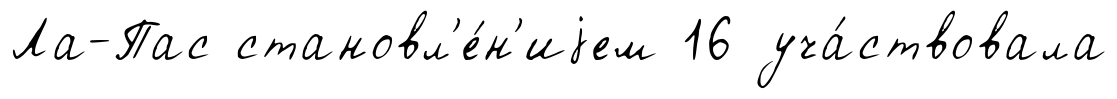
Ла-Пас становл'е́н'иjем 16 уча́ствовала